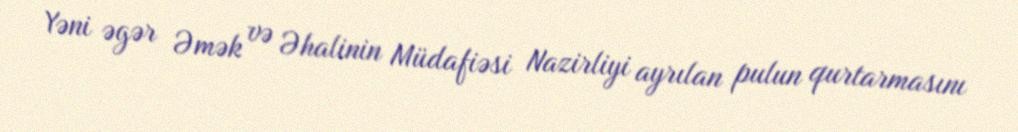
Yəni əgər Əmək və Əhalinin Müdafiəsi Nazirliyi ayrılan pulun qurtarmasını